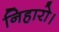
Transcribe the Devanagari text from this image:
निहारो।